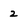
Character: 2